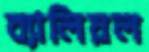
ব্যালিয়ল